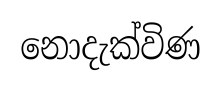
නොදැක්විණ